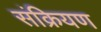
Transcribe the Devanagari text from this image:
संक्रियण